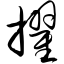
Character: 擢